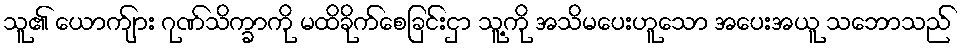
သူ၏ ယောက်ျား ဂုဏ်သိက္ခာကို မထိခိုက်စေခြင်းငှာ သူ့ကို အသိမပေးဟူသော အပေးအယူ သဘောသည်